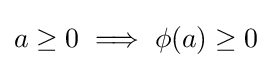
a\geq 0\implies \phi (a)\geq 0